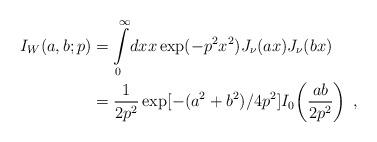
LaTeX: \begin{align*}I_W(a,b; p) &= \int\limits_0^{\infty} \!dx x \exp(-p^2x^2) J_\nu(ax) J_\nu (bx) \\&= \frac{1}{2p^2} \exp[-(a^2+b^2)/4p^2] I_0 \!\left( \frac{ab}{2p^2}\right) \;,\end{align*}